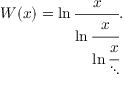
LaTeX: W ( x ) = \ln { \cfrac { x } { \ln { \cfrac { x } { \ln { \cfrac { x } { \ddots } } } } } } .